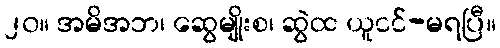
၂၀။ အမိအဘ၊ ဆွေမျိုးစ၊ ဆွဲထ ယူငင်-မရပြီ။